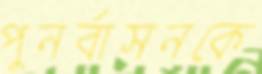
পুনর্বাসনকে